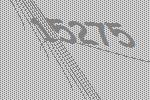
15275